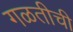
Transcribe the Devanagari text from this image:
गळतीची